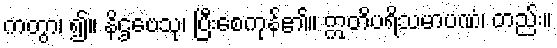
ကတွာ၊ ၍။ နိဌဗေသု၊ ပြီးစေကုန်၏။ ဣတိပရိသမာပဏံ၊ တည်း။